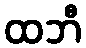
ထဘီ